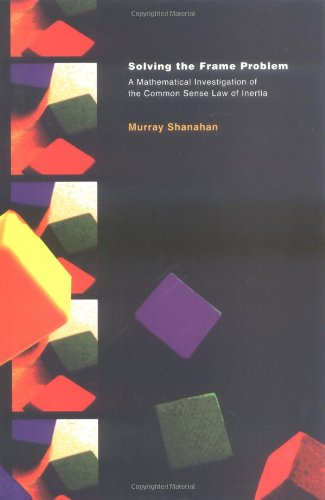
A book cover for Solving the Frame Problem: A Mathematical Investigation of the Common Sense Law of Inertia (Artificial Intelligence); Murray Shanahan; Computers & Technology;